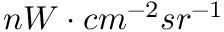
n W \cdot c m ^ { - 2 } s r ^ { - 1 }